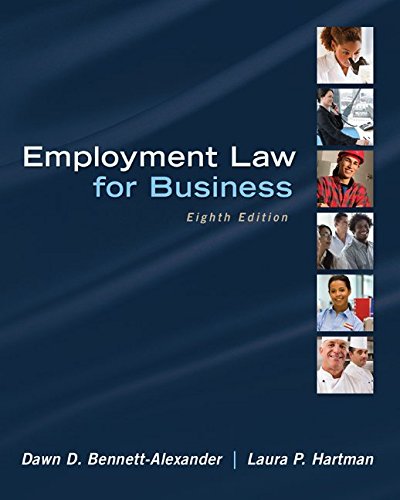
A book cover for Employment Law for Business; Dawn Bennett-Alexander; Business & Money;